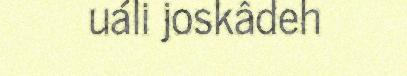
uáli joskâdeh